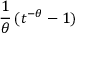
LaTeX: { \frac { 1 } { \theta } } \, ( t ^ { - \theta } - 1 )